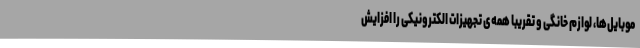
موبایل‌ها، لوازم خانگی و تقریباً همه‌ی تجهیزات الکترونیکی را افزایش